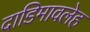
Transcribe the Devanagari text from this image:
दाडिमावलेह